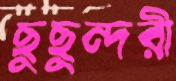
ছুছুন্দরী